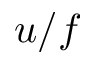
u / f